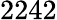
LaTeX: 2242